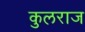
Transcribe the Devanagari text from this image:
कुलराज